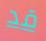
قد